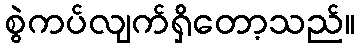
စွဲကပ်လျက်ရှိတော့သည်။